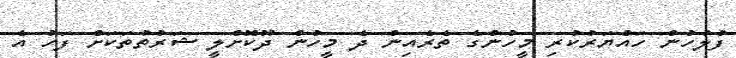
ފުލުހުން ހައްޔަރުކުރި މީހުންގެ ތެރެއިން ދެ މީހުން ދޫކޮށްލީ ޝަރުތުތަކަށް ފަހު އެ